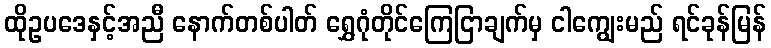
ထိုဥပဒေနှင့်အညီ နောက်တစ်ပါတ် ရွှေဂုံတိုင်ကြေငြာချက်မှ ငါကျွေးမည် ရင်ခုန်မြန်